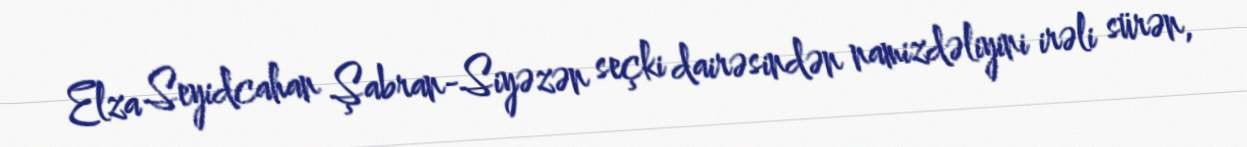
Elza Seyidcahan Şabran-Siyəzən seçki dairəsindən namizdəliyini irəli sürən,